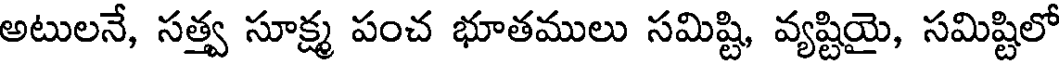
అటులనే, సత్త్వ సూక్ష్మ పంచ భూతములు సమిష్టి, వ్యష్టియై, సమిష్టిలో